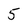
Character: 5